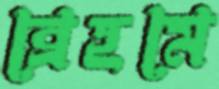
ব্রেহমে